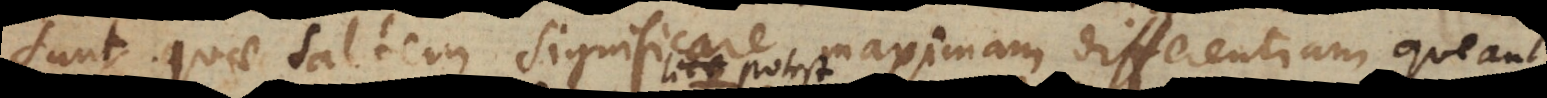
sunt quae saltem significare maximam differentiam possint